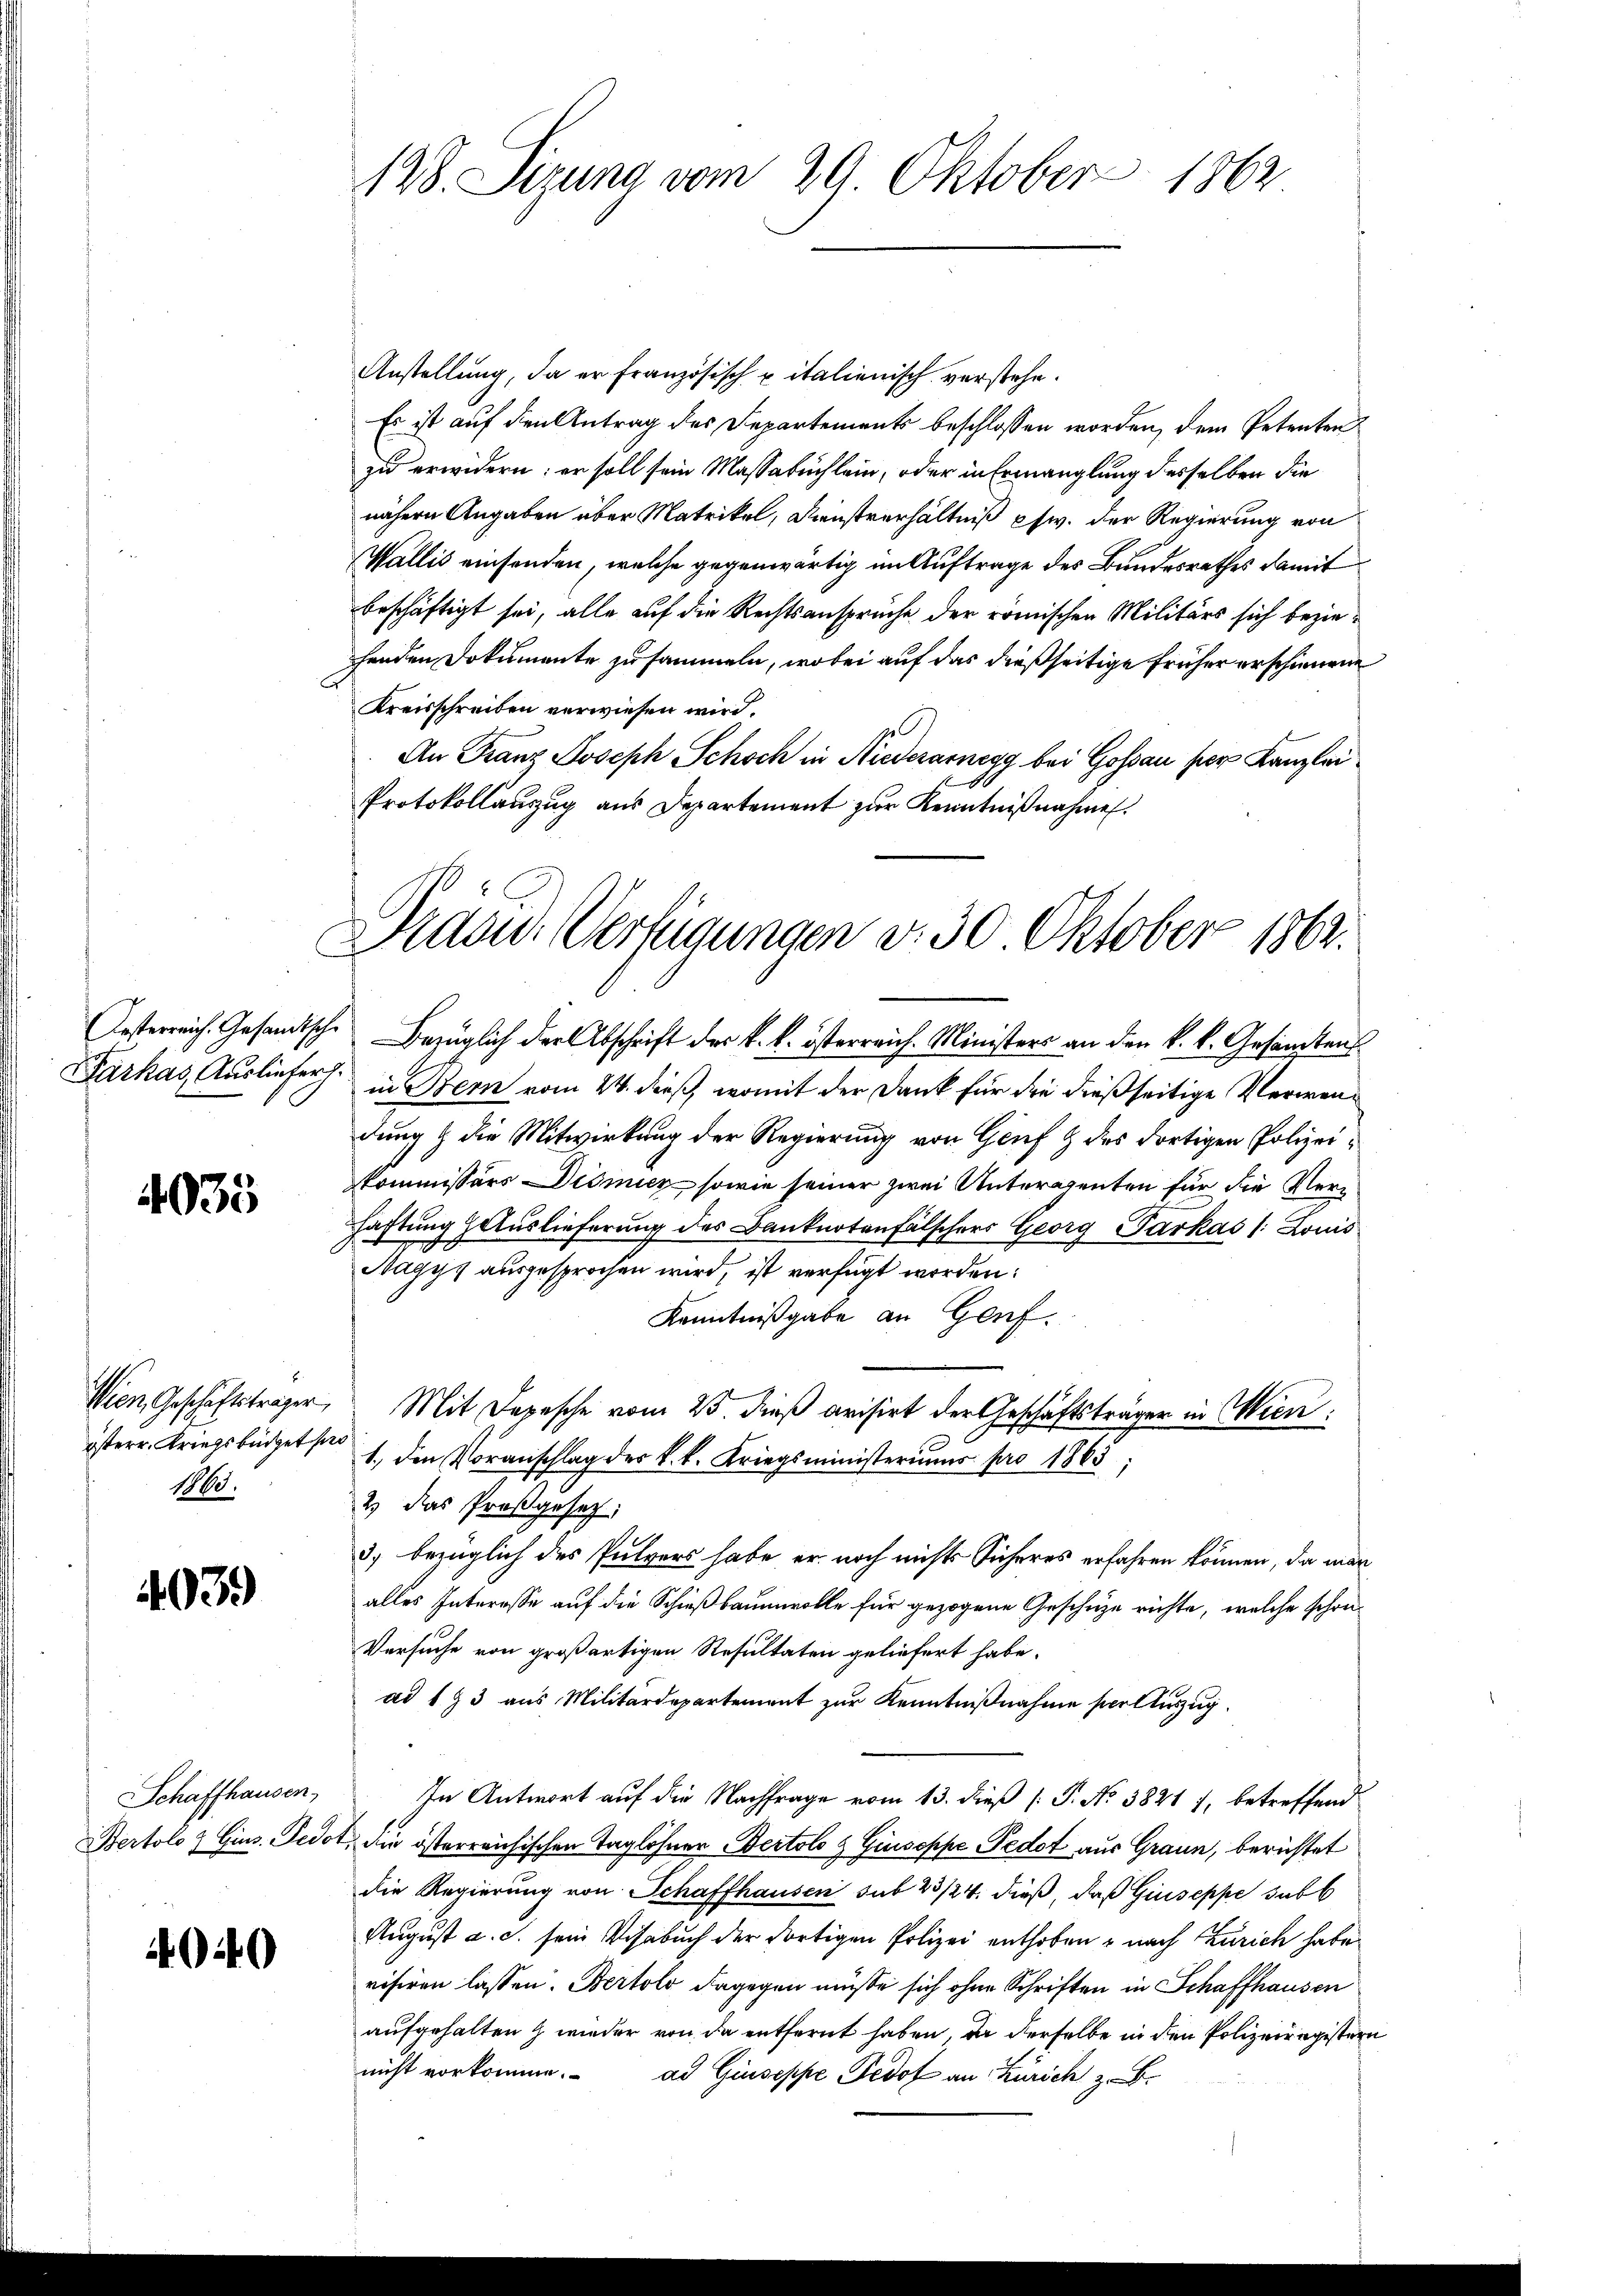
arhas Ausliefer.

4035

1865.

4039

Schaffhausen,

049

128. Sizung vom 29. Oktober 1862

Anstellung, da er französisch pitalienisch verstehe.
Es ist auf den Antrag des Departements beschlossen worden, dem Petenten
zu erwidern; er soll sein Massabuchlein, oder in Ermanglung desselben die
nähern Angaben über Matrikel, Dienstverhältniß pfw. der Regierung von
Wallis einsenden, welche gegenwärtig im Auftrage des Bundesrathes damit
beschäftigt sei, alle auf die Rechtsansprüche der römischen Militärs sich beziehenden Dokumente zusammeln, wobei auf das dießseitige früher erschienene
Kreisschreiben verwiesen wird.
An Franz Joseph Schoch in Niederarnegg bei Gossau per Kanzlei
Protokollanzug aus Departement zur Kenntnißnahmen.

Draow. Verfügungen v. 30 Oktober 1862.

Oesterreich. Gesandtsche Bezüglich der Abschrift der k. k. österreich. Ministers an den k. k. Gesandtens
in Bern vom 24. dieß, womit der Dank für die dießseitige Verwendung & die Mitwirkung der Regierung von Genf & des dortigen Polizeikommissärs Disnicz sowie seiner zwei Unteragenten für die Verhaftung Auslieferung des Banknotenfälschers Georg Parkas /: Louis
Nagys ausgesprochen wird, ist verfügt worden:
Kenntnißgabe an Genf.
Wien Geschäftsträger, Mit Depesche vom 25. dieß avisirt der Geschäftsträger in Wien:
istere Kriegsbüdget ad 1. den Voranschlag der k. k. Kriegsministeriums pro 1863;
2) Das Proßgesetz,
3) bezüglich des Pulvers habe er noch nichts Sicheres erfahren können, da man
alles Interesse auf die Schießbaumwolle für gezogene Geschütze richte, welche schrei¬
Versuche von großartigen Resultaten geliefert habe.
ad 173 aus Militärdepartement zur Kenntnißnahme serauszug.
In Antwort auf die Nachfrage vom 13. dieß (T. No 3821 7, betreffend
Bertolo & Gins. Pedot, die österreichischen Taglöhner Bertolo & Giuseppe Pedot aus Graun, berichtet
die Regierung von Schaffhausen sub 23/24. dieß, daß Giuseppe sub b
August a. c. sein Visabuch der dortigen Polizei enthoben u nach Zürich habe
visiren lassen. Bertolo dagegen müsse sich ohne Schriften in Schaffhausen
aufgehalten & wieder von da entfernt haben, da derselbe in den Polizeiregistern
nicht vorkomme. ad Giuseppe Fedof an Zürich z. B.